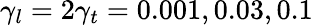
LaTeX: \gamma_{l}=2\gamma_{t}=0.001,0.03,0.1